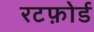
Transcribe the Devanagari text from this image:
रटफ़ोर्ड